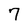
Character: 7